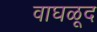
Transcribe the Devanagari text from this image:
वाघळूद